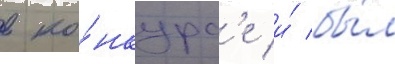
в ко́нкурс'е и́ бы́л